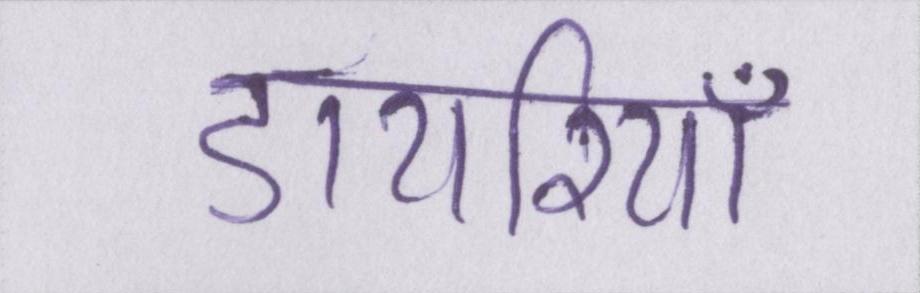
डायरियाँ